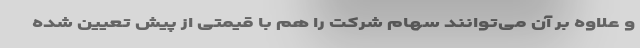
و علاوه بر آن می‌توانند سهام شرکت را هم با قیمتی از پیش تعیین شده